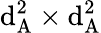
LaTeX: \mathrm{d}_{\mathrm{{A}}}^{2}\times\mathrm{d}_{\mathrm{{A}}}^{2}